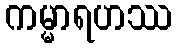
ကမ္မာရဟဿ